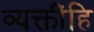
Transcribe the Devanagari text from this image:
व्यक्तींहि